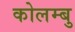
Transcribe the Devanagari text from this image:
कोलम्बु